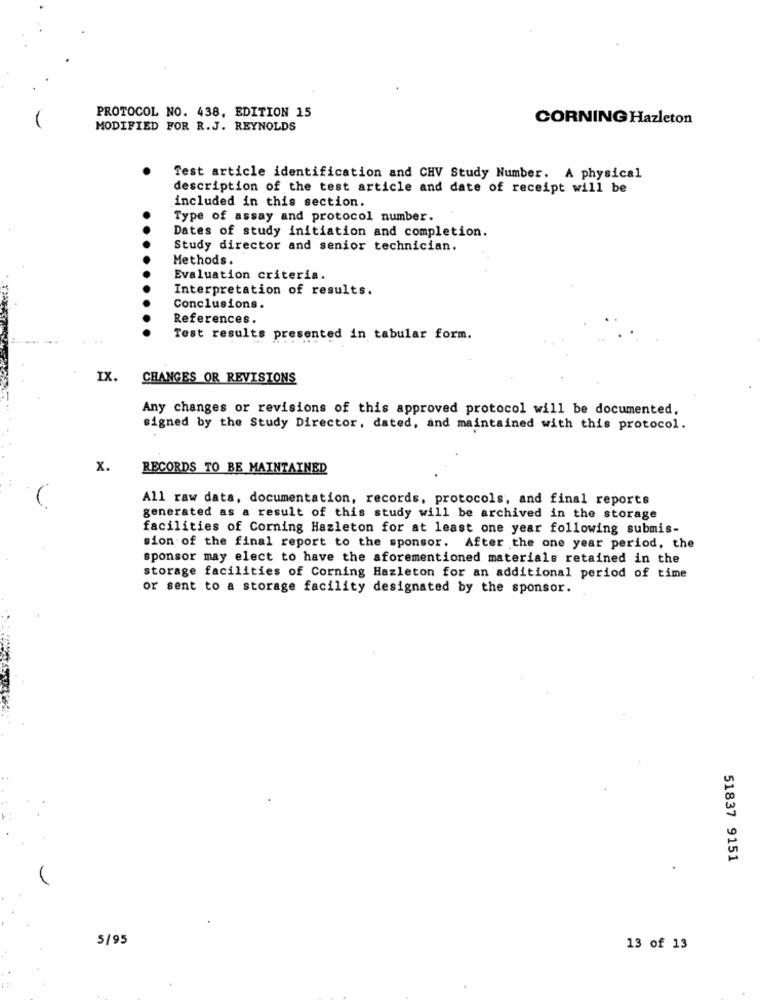
PROTOCOL NO. 438, EDITION 15
CORNING Hazleton
MODIFIED FOR R.J. REYNOLDS
Test article identification and CHV Study Number. A physical
description of the test article and date of receipt will be
included in this section.
Type of assay and protocol number.
Dates of study initiation and completion.
Study director and senior technician.
Methods.
Evaluation criteria.
Interpretation of results.
Conclusions.
References.
Test results presented in tabular form.
IX. CHANGES OR REVISIONS
Any changes or revisions of this approved protocol will be documented,
signed by the Study Director, dated, and maintained with this protocol.
x.
RECORDS TO BE MAINTAINED
All raw data, documentation, records, protocols, and final reports
generated as a result of this study will be archived in the storage
facilities of Corning Hazleton for at least one year following submis-
sion of the final report to the sponsor. After the one year period, the
sponsor may elect to have the aforementioned materials retained in the
storage facilities of Corning Hazleton for an additional period of time
or sent to a storage facility designated by the sponsor.
51837 9151
5/95
13 of 13